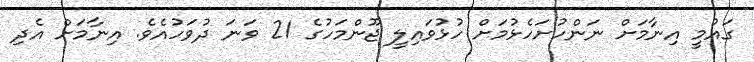
ގައުމީ އިނާމަށް ނަންހުށަހެޅުމަށް ހުޅުވައިލީ ޖޫންމަހުގެ 21 ވަނަ ދުވަހުއެވެ. އިނާމަށް އެދި